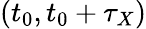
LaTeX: (t_{0},t_{0}+\tau_{X})